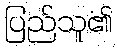
ပြည်သူ၏